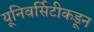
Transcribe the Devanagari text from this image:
यूनिवर्सिटीकडून